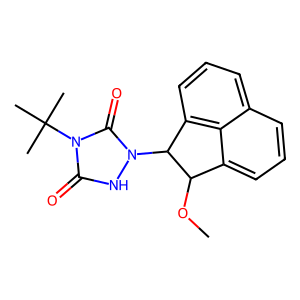
SMILES: COC1c2cccc3cccc(c23)C1n1[nH]c(=O)n(C(C)(C)C)c1=O
Inhibits HIV replication: No